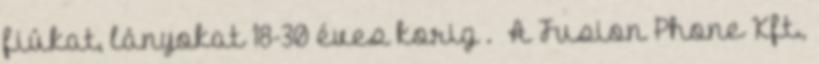
fiúkat, lányokat 18-30 éves korig . A Fusion Phone Kft.,